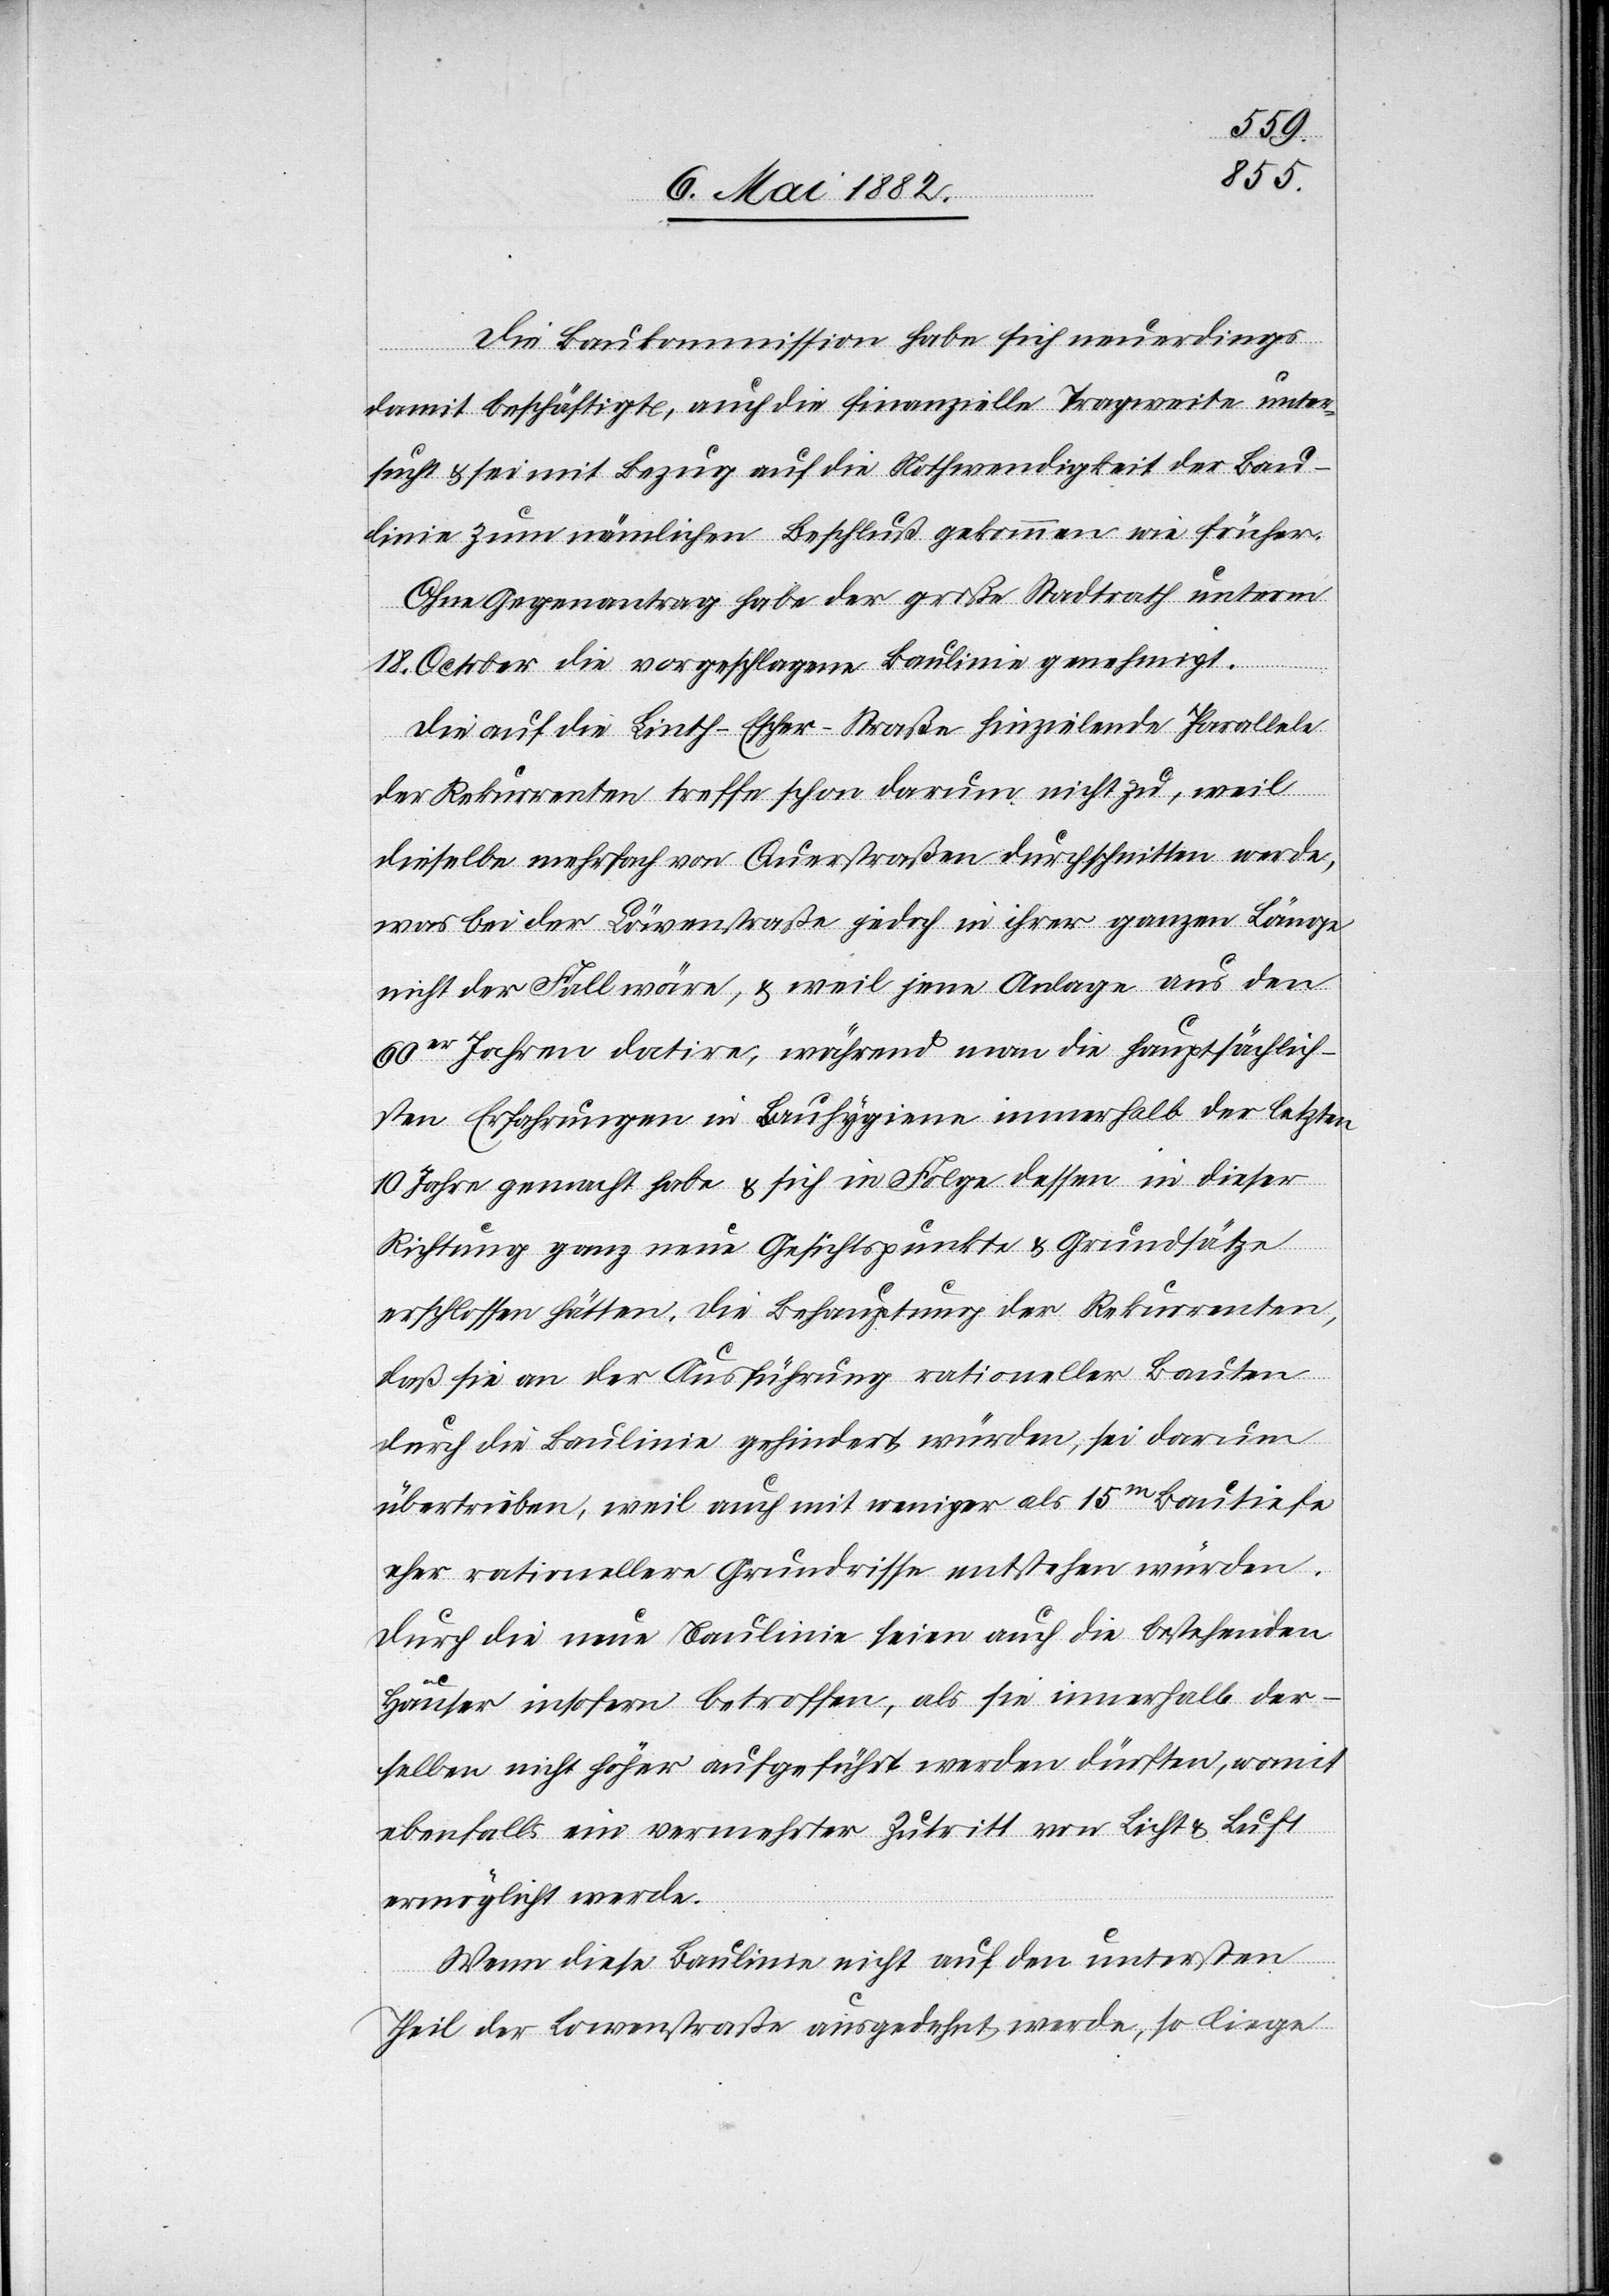
Die Baukommission habe sich neuerdings
damit beschäftigt, auch die finanzielle Tragweite unter¬
sucht & sei mit Bezug auf die Nothwendigkeit der Bau¬
linie zum nämlichen Beschluß gekommen wie früher.
Ohne Gegenantrag habe der große Stadtrath unterm
18. October die vorgeschlagene Baulinie genehmigt.
Die auf die Linth-Escher-Straße hinzielende Parallele
der Rekurrenten treffe schon darum nicht zu, weil
dieselbe mehrfach von Querstraßen durchschnitten Erde,
was bei der Löwenstraße jedoch in ihrer ganzen Länge
nicht der Fall wäre, & weil jene Anlage aus den
60er Jahren datire, während man die hauptsächlich¬
sten Erfahrungen in Bauhygiene innerhalb der letzten
10 Jahre gemacht habe & sich in Folge dessen in dieser
Richtung ganz neue Gesichtspunkte & Grundsätze
erschlossen hätten. Die Behauptung der Rekurrenten,
daß sie an der Ausführung rationeller Bauten
durch die Baulinie gehindert würden, sei darum
übertrieben, weil auch mit weniger als 15m Bautiefe
eher rationellere Grundrisse entstehen würden.
Durch die neue Baulinie seien auch die bestehenden
Häuser insofern betroffen, als sie innerhalb der¬
selben nicht höher aufgeführt werden dürfen, womit
ebenfalls ein vermehrter Zutritt von Licht & Luft
ermöglicht werde.
Wenn diese Baulinie nicht auf den untersten
Theil der Löwenstraße ausgedehnt werde, so liege